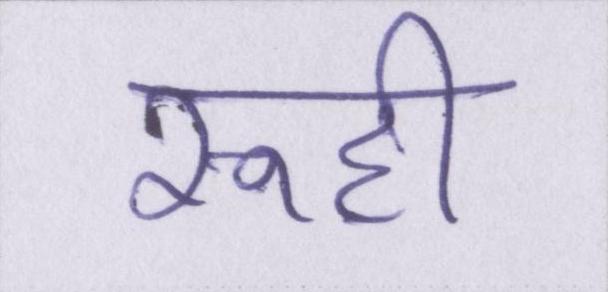
रूही